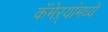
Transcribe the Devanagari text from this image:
कॅमेऱ्यांमध्ये